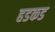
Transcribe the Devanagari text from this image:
हडकड